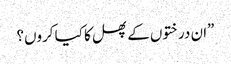
”ان درختوں کے پھل کا کیا کروں؟